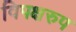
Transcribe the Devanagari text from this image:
विपक्षरुप